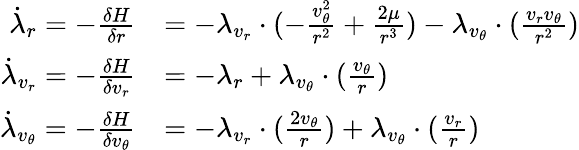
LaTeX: \begin{array}{rl}{\dot{\lambda}_{r}=-\frac{\delta H}{\delta r}}&{=-\lambda_{v_{r}}\cdot(-\frac{v_{\theta}^{2}}{r^{2}}+\frac{2\mu}{r^{3}})-\lambda_{v_{\theta}}\cdot(\frac{v_{r}v_{\theta}}{r^{2}})}\\ {\dot{\lambda}_{v_{r}}=-\frac{\delta H}{\delta v_{r}}}&{=-\lambda_{r}+\lambda_{v_{\theta}}\cdot(\frac{v_{\theta}}{r})}\\ {\dot{\lambda}_{v_{\theta}}=-\frac{\delta H}{\delta v_{\theta}}}&{=-\lambda_{v_{r}}\cdot(\frac{2v_{\theta}}{r})+\lambda_{v_{\theta}}\cdot(\frac{v_{r}}{r})}\end{array}